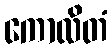
ကောလိတံ